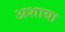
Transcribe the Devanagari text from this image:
अशाया